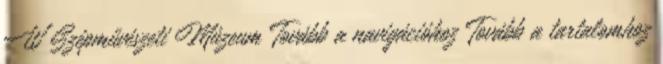
W Szépművészeti Múzeum Tovább a navigációhoz Tovább a tartalomhoz